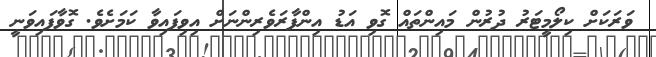
ވަރަކަށް ކިލޯމީޓަރު ދުރުން މައިންތައް ގޮވި އަޑު އިންފާރަވެރިންނަށް އިވިފައިވާ ކަމަށެވެ. ގޮވާފައިވަނީ